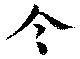
令